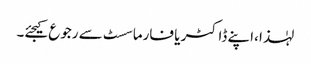
لہٰذا ،اپنے ڈاکٹر یا فارماسسٹ سے رجوع کیجئے۔